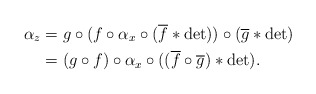
\begin{align*} \alpha_z &= g\circ(f\circ\alpha_x\circ (\overline{f}\ast\det))\circ (\overline{g}\ast\det)\\ &= (g\circ f)\circ\alpha_x\circ ((\overline{f}\circ\overline{g})\ast\det). \end{align*}